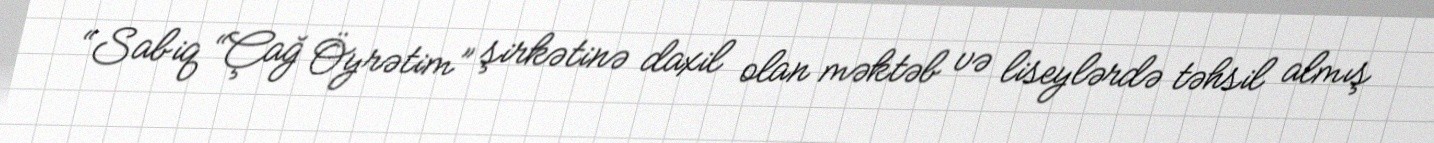
“Sabiq “Çağ Öyrətim” şirkətinə daxil olan məktəb və liseylərdə təhsil almış